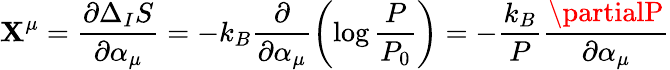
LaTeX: \mathbf{X}^{\mu}=\frac{{\partial\Delta_{I}S}}{{\partial\alpha_{\mu}}}=-k_{B}\frac{{\partial}}{{\partial\alpha_{\mu}}}\left(\log\frac{{P}}{{P_{0}}}\right)=-\frac{{k_{B}}}{{P}}\frac{{\partialP}}{{\partial\alpha_{\mu}}}